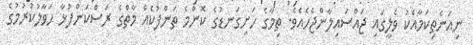
ނިއަނެތިކަމާއެކު ވެލީގައި ޖައްސައިލާންޖެހެއެވެ. ތިމާގެ ހަށިގަނޑުގެ ކޮންމެ ތަންފުކެއް މާތްގެ ރަސްކަންފުޅާ ޙަވާލުކުރުމުގެ